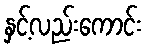
နှင့်လည်းကောင်း